Indian journal of veterinary science and animal husbandry - Volume 10,
Year: 1940
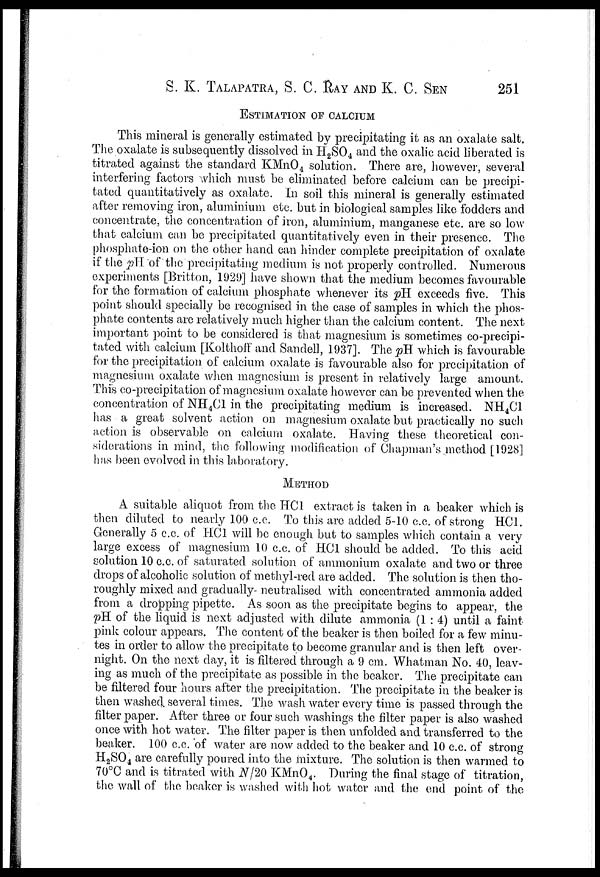
S. K. TALAPATRA, S. C. RAY AND K. C. SEN 251
ESTIMATION OF CALCIUM
This mineral is generally estimated by precipitating it as an oxalate salt.
The oxalate is subsequently dissolved in H 2 SO 4 and the oxalic acid liberated is
titrated against the standard KMnO 4 solution. There are, however, several
interfering factors which must be eliminated before calcium can be precipi-
tated quantitatively as oxalate. In soil this mineral is generally estimated
after removing iron, aluminium etc. but in biological samples like fodders and
concentrate, the concentration of iron, aluminium, manganese etc. are so low
that calcium can be precipitated quantitatively even in their presence. The
phosphate-ion on the other hand can hinder complete precipitation of oxalate
if the pH of the precipitating medium is not properly controlled. Numerous
experiments [Britton, 1929] have shown that the medium becomes favourable
for the formation of calcium phosphate whenever its pH exceeds five. This
point should specially be recognised in the case of samples in which the phos-
phate contents are relatively much higher than the calcium content. The next
important point to be considered is that magnesium is sometimes co-precipi-
tated with calcium [Kolthoff and Sandell, 1937]. The pH which is favourable
for the precipitation of calcium oxalate is favourable also for precipitation of
magnesium oxalate when magnesium is present in relatively large amount.
This co-precipitation of magnesium oxalate however can be prevented when the
concentration of NH 4 C1 in the precipitating medium is increased. NH 4 C1
has a great solvent action on magnesium oxalate but practically no such
action is observable on calcium oxalate. Having these theoretical con-
siderations in mind, the following modification of Chapman's method [1928]
has been evolved in this laboratory.
METHOD
A suitable aliquot from the HCl extract is taken in a beaker which is
then diluted to nearly 100 c.c. To this are added 5-10 c.c. of strong HCl.
Generally 5 c.c. of HCl will be enough but to samples which contain a very
large excess of magnesium 10 c.c. of HCl should be added. To this acid
solution 10 c.c. of saturated solution of ammonium oxalate and two or three
drops of alcoholic solution of methyl-red are added. The solution is then tho-
roughly mixed and gradually neutralised with concentrated ammonia added
from a dropping pipette. As soon as the precipitate begins to appear, the
pH of the liquid is next adjusted with dilute ammonia (1:4) until a faint
pink colour appears. The content of the beaker is then boiled for a few minu-
tes in order to allow the precipitate to become granular and is then left over-
night. On the next day, it is filtered through a 9 cm. Whatman No. 40, leav-
ing as much of the precipitate as possible in the beaker. The precipitate can
be filtered four hours after the precipitation. The precipitate in the beaker is
then washed several times. The wash water every time is passed through the
filter paper. After three or four such washings the filter paper is also washed
once with hot water. The filter paper is then unfolded and transferred to the
beaker. 100 c.c. of water are now added to the beaker and 10 c.c. of strong
H 2 SO 4 are carefully poured into the mixture. The solution is then warmed to
70°C and is titrated with N/20 KMnO 4 . During the final stage of titration,
the wall of the beaker is washed with hot water and the end point of the